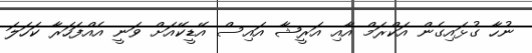
ނުހާ ގުޅައިގެން އަކްރަމް އާއި އަރީޝާ އައިސް އޭޑީކޭއަށް ވަނީ އެއްފަހަރާ ކަހަލަ